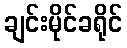
ချင်းမိုင်ခရိုင်